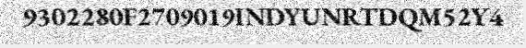
9302280F2709019INDYUNRTDQM52Y4